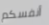
أنفسكم